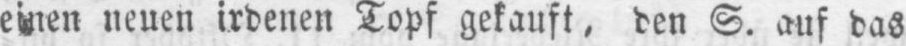
neuen irdenen Topf gekauft, den S. auf das